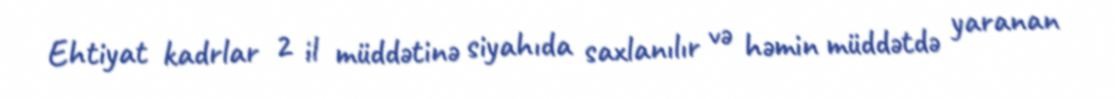
Ehtiyat kadrlar 2 il müddətinə siyahıda saxlanılır və həmin müddətdə yaranan